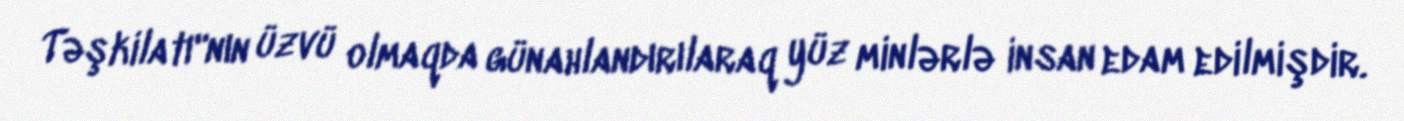
Təşkilatı"nın üzvü olmaqda günahlandırılaraq yüz minlərlə insan edam edilmişdir.